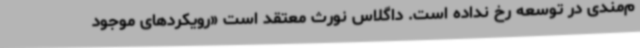
م‌مندی در توسعه رخ نداده است. داگلاس نورث معتقد است «رویکردهای موجود